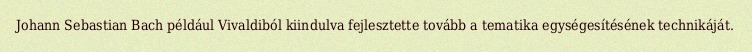
Johann Sebastian Bach például Vivaldiból kiindulva fejlesztette tovább a tematika egységesítésének technikáját.